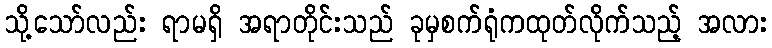
သို့သော်လည်း ရာမရှိ အရာတိုင်းသည် ခုမှစက်ရုံကထုတ်လိုက်သည့် အလား